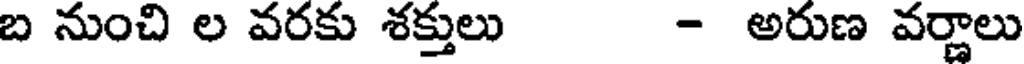
బ నుంచి ల వరకు శక్తులు - అరుణ వర్ణాలు